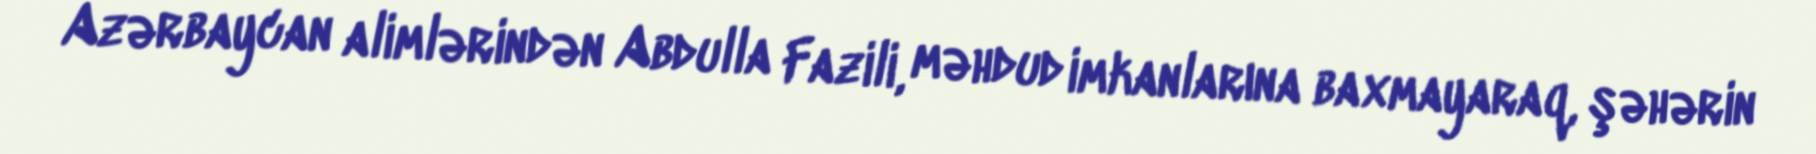
Azərbaycan alimlərindən Abdulla Fazili, məhdud imkanlarına baxmayaraq, şəhərin